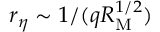
r _ { \eta } \sim 1 / ( q R _ { \mathrm { M } } ^ { 1 / 2 } )